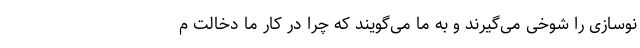
نوسازی را شوخی می‌گیرند و به ما می‌گویند که چرا در کار ما دخالت م